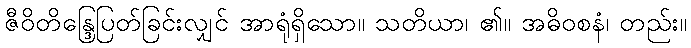
ဇီဝိတိန္ဒြေပြတ်ခြင်းလျှင် အာရုံရှိသော။ သတိယာ၊ ၏။ အဓိဝစနံ၊ တည်း။